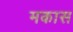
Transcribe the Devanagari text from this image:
मकास